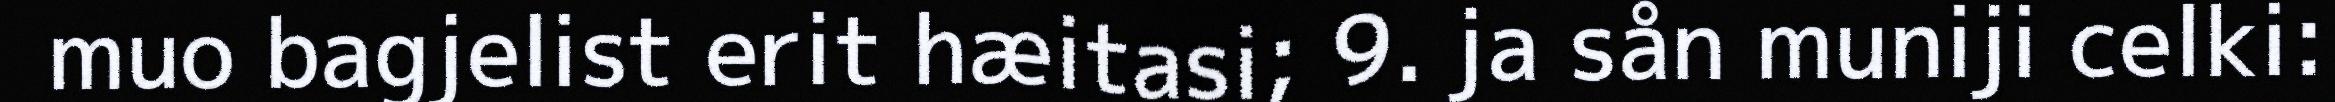
muo bagjelist erit hæitasi; 9. ja sån muniji celki: